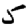
Digit: 5